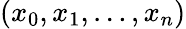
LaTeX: (x_{0},x_{1},\ldots,x_{n})